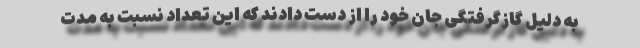
به دلیل گازگرفتگی جان خود را از دست دادند که این تعداد نسبت به مدت